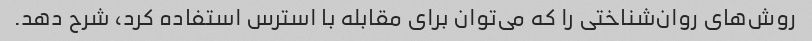
روش‌های روان‌شناختی را که می‌توان برای مقابله با استرس استفاده کرد، شرح دهد.